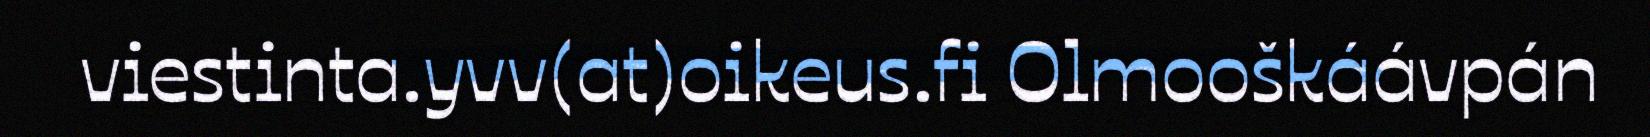
viestinta.yvv(at)oikeus.fi Olmooškáávpán